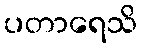
ပတာရေသိ